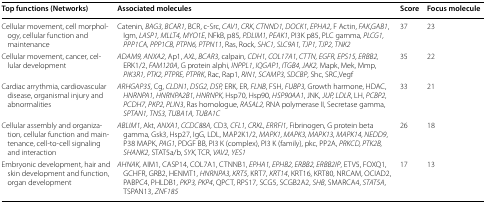
<table><thead><tr><td><b>Top functions (Networks)</b></td><td><b>Associated molecules</b></td><td><b>Score</b></td><td><b>Focus molecule</b></td></tr></thead><tbody><tr><td>Cellular movement, cell morphology, cellular function and maintenance</td><td>Catenin, <i>BAG3, BCAR1</i>, BCR, c-Src, <i>CAV1, CRK, CTNND1, DOCK1, EPHA2</i>, F Actin, <i>FAK</i>,<i>GAB1</i>, Igm, <i>LASP1, MLLT4, MYO1E</i>, NFkB, p85, <i>PDLIM1, PEAK1</i>, PI3K p85, PLC gamma, <i>PLCG1, PPP1CA, PPP1CB, PTPN6, PTPN11</i>, Ras, Rock, <i>SHC1, SLC9A1, TJP1, TJP2, TNK2</i></td><td>37</td><td>23</td></tr><tr><td>Cellular movement, cancer, cellular development</td><td><i>ADAM9, ANXA2</i>, Ap1, <i>AXL, BCAR3</i>, calpain, <i>CDH1, COL17A1, CTTN, EGFR, EPS15, ERBB2,</i> ERK1/2, <i>FAM120A</i>, G protein alphi, <i>INPPL1</i>, <i>IQGAP1, ITGB4, JAK2,</i> Mapk, Mek, Mmp, <i>PIK3R1, PTK2, PTPRE, PTPRK</i>, Rac, Rap1, <i>RIN1, SCAMP3, SDCBP</i>, Shc, SRC,Vegf</td><td>35</td><td>22</td></tr><tr><td>Cardiac arrythmia, cardiovascular disease, organismal injury and abnormalities</td><td><i>ARHGAP35</i>, Cg, <i>CLDN1</i>, <i>DSG2, DSP,</i> ERK, ER, <i>FLNB</i>, FSH, <i>FUBP3</i>, Growth harmone, HDAC, <i>HNRNPA1, HNRNPA2B1, HNRNPK</i>, Hsp70, Hsp90, <i>HSP90AA1</i>, JNK, <i>JUP, LDLR</i>, LH, <i>PCBP2, PCDH7</i>, <i>PKP2, PLIN3</i>, Ras homologue, <i>RASAL2,</i> RNA polymerase II, Secretase gamma, <i>SPTAN1, TNS3, TUBA1A, TUBA1C</i></td><td>33</td><td>21</td></tr><tr><td>Cellular assembly and organization, cellular function and maintenance, cell-to-cell signaling and interaction</td><td><i>ABLIM1</i>, Akt, <i>ANXA1, CCDC88A</i>, CD3, <i>CFL1, CRKL, ERRFI1</i>, Fibrinogen, G protein beta gamma, Gsk3, Hsp27, IgG, LDL, MAP2K1/2, <i>MAPK1, MAPK3, MAPK13, MAPK14, NEDD9</i>, P38 MAPK, <i>PAG1</i>, PDGF BB, PI3 K (complex), PI3 K (family), pkc, PP2A, <i>PRKCD, PTK2B, SHANK2</i>, STAT5a/b, <i>SYK</i>, TCR, <i>VAV2, YES1</i></td><td>26</td><td>18</td></tr><tr><td>Embryonic development, hair and skin development and function, organ development</td><td><i>AHNAK</i>, AIM1, CASP14, COL7A1, CTNNB1, <i>EPHA1, EPHB2, ERBB2, ERBB2IP</i>, ETV5, FOXQ1, GCHFR, GRB2, HENMT1, <i>HNRNPA3, KRT5</i>, KRT7, <i>KRT14</i>, KRT16, KRT80, NRCAM, OCIAD2, PABPC4, PHLDB1, <i>PKP3, PKP4</i>, QPCT, RPS17, SCG5, SCGB2A2, <i>SHB</i>, SMARCA4, <i>STAT5A</i>, TSPAN13, <i>ZNF185</i></td><td>17</td><td>13</td></tr></tbody></table>